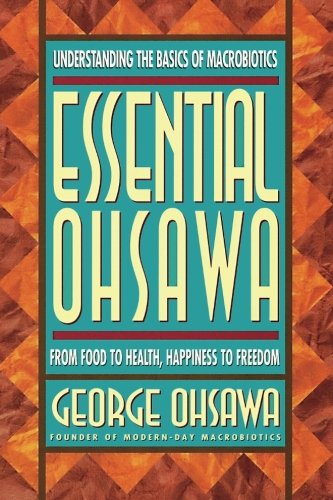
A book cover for Essential Ohsawa: From Food to Health, Happiness to Freedom; George Ohsawa; Health, Fitness & Dieting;